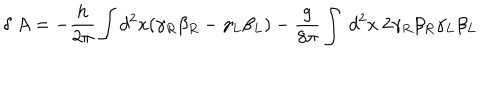
\delta ~ A = - { \frac { h } { 2 \pi } } \int d ^ { 2 } x ( \gamma _ { R } \beta _ { R } - \gamma _ { L } \beta _ { L } ) - { \frac { g } { 8 \pi } } \int ~ d ^ { 2 } x ~ 2 \gamma _ { R } \beta _ { R } \gamma _ { L } \beta _ { L }